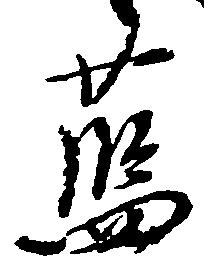
藍